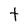
Character: t